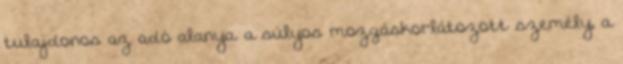
tulajdonos az adó alanya. a súlyos mozgáskorlátozott személy, a